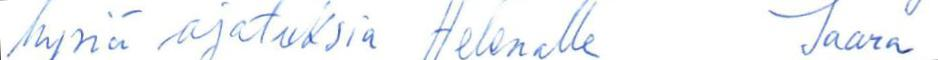
hyviä ajatuksia Helenalle Jaana